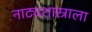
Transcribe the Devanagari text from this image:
नाट्यशास्राला